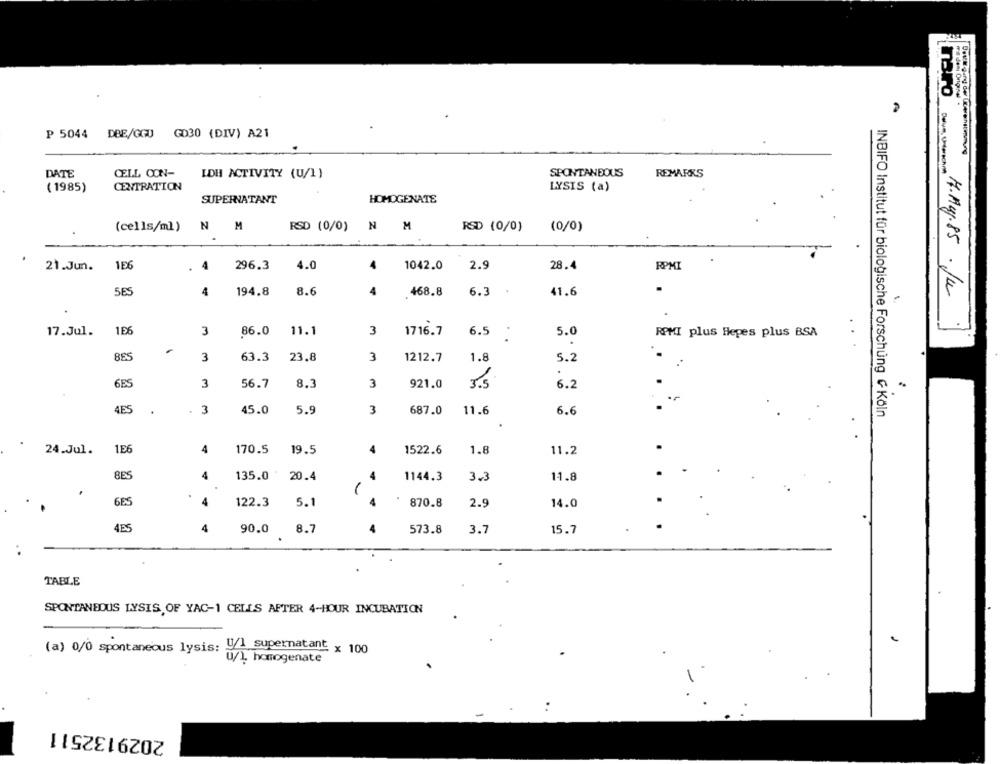
Tro
mit deni Original .
P 5044 DBE/GGU GD30 (DIV) A21
DATE
CELL CON-
IDH ACTIVITY (U/I)
SPONTANEOUS
REMARKS
Delum, Underschon
( 1985)
CENTRATION
LYSIS (a)
HOMOGENATE
SUPERNATANT
(cells/ml)
NM
RSD (0/0)
N
M
RSD (0/0)
(0/0)
21.Jun.
1E6
296.3
4.0
4
1042.0
2.9
28.4
RPMI
5ES
4
194.8
4
6.3
7.Aug.85 . Ju
8.6
468.8
41.6
166
17.Jul.
3
86.0
11.1
3
1716.7
6.5
5.0
RPMI plus Hepes plus BSA
8E5
3
63.3
23.8
3
1212.7
1.8
5.2
6ES
3
1.
56.7
8.3
3
921.0
6.2
4E5
3
45.0
5.9
3
687.0
11.6
6.6
INBIFO Institut für biologische Forschung G Köln
24.Jul.
1E6
4
170.5
19.5
1522.6
1.8
11.2
8ES
4
135.0
20.4
1144.3
3.3
11.8
6ES
4
122.3
5.1
870.8
2.9
14.0
4ES
4
90.0 8.7
573.8
3.7
15.7
TABLE
SPONTANEOUS LYSIS, OF YAC-1 CELLS AFTER 4-HOUR INCUBATION
(a) 0/0 spontaneous lysis: 4/1 supernatant x 100
u/l, homogenate
2029132511